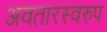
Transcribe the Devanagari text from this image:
अवतारस्वरुप